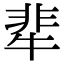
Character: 㹃